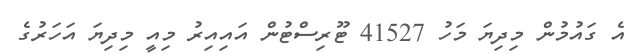
އެ ގައުމުން މިދިޔަ މަހު 41527 ޓޫރިސްޓުން އައިއިރު މިއީ މިދިޔަ އަހަރުގެ